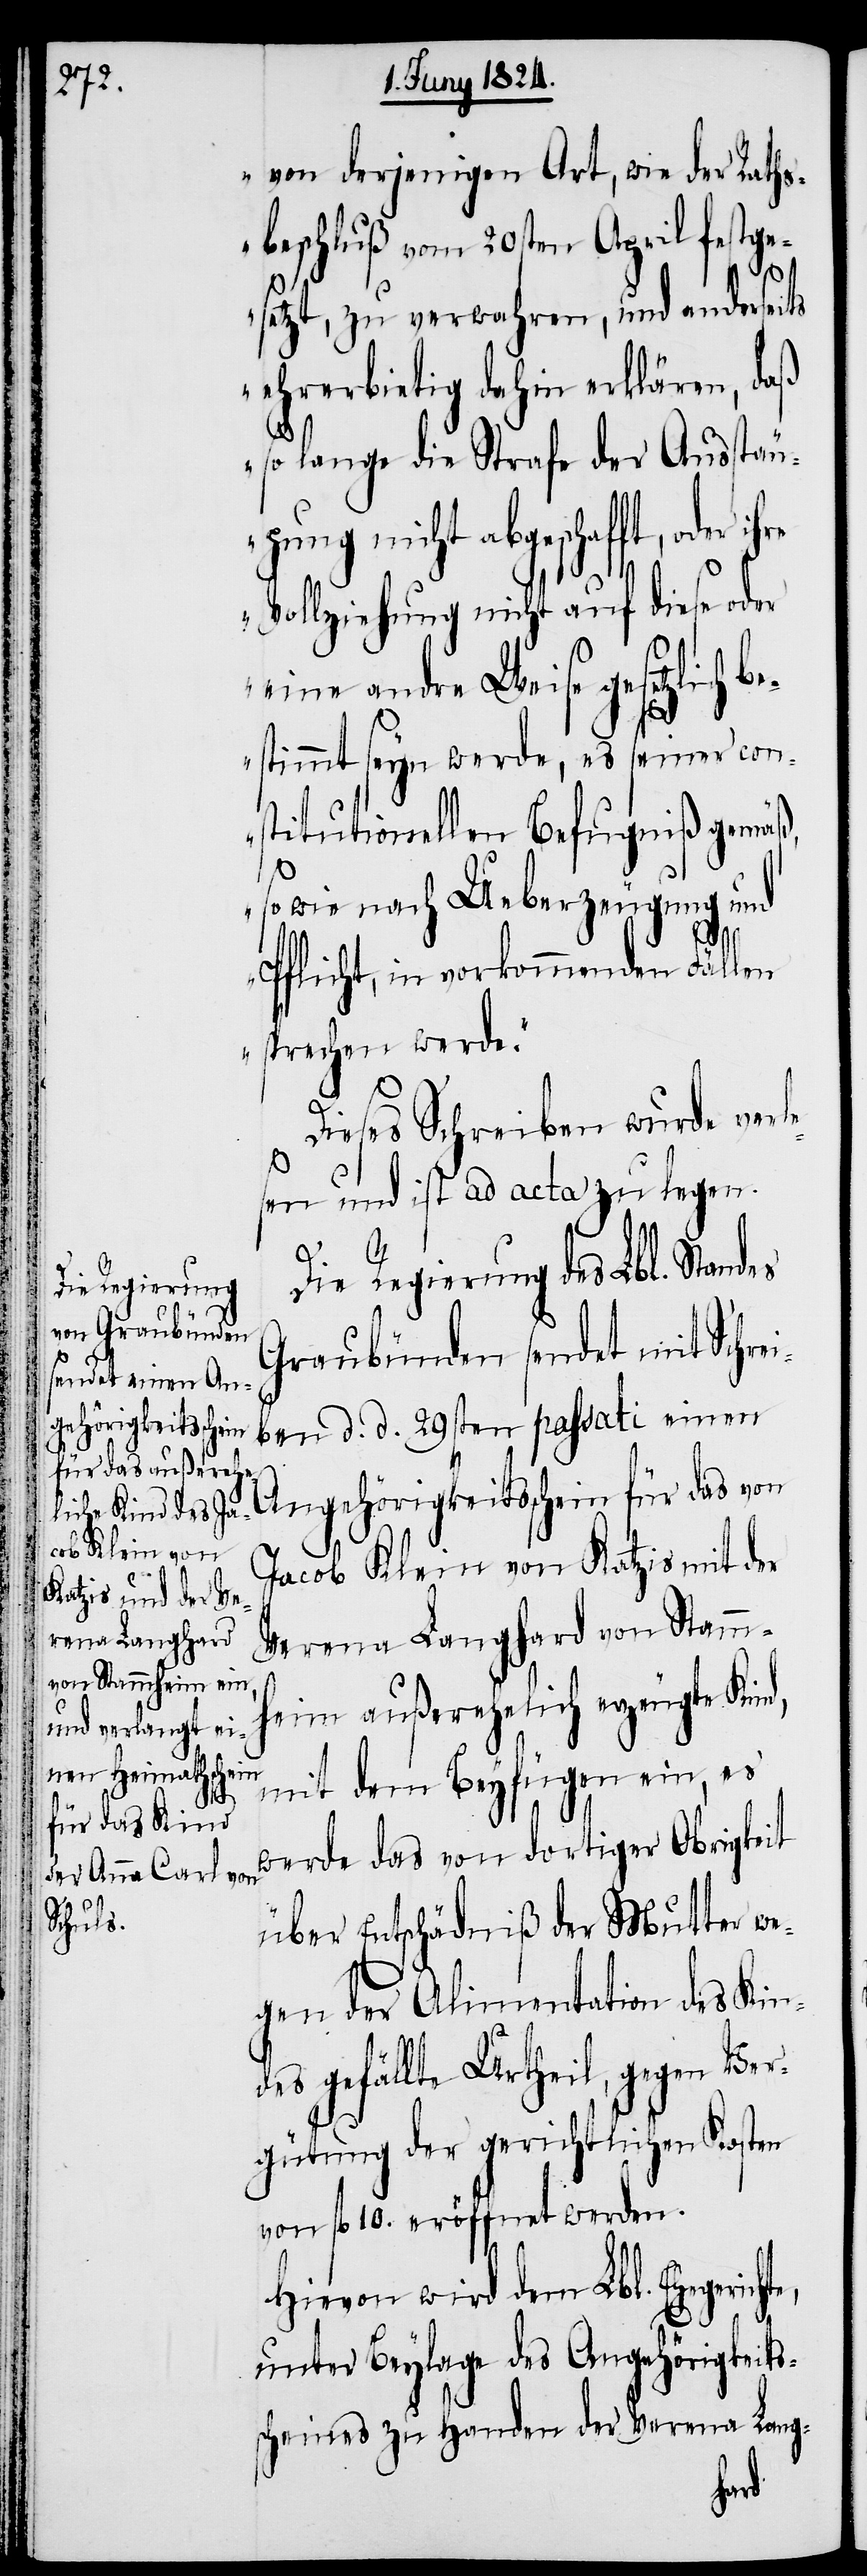
te,

von derjenigen Art, wie der Rath¬
sbeschluß vom 20sten April festge¬
setzt, zu verwahren, und anderseits
ehrerbietig dahin erklären, daß
so lange die Strafe der Ausstäu¬
pung nicht abgeschafft, oder
Vollziehung nicht auf diese o¬
eine andre Weise gesetzlich
stimmt seyn werde, es seiner con¬
stitutionellen Befugniß gemäß,
sowie nach Ueberzeugung und
Pflicht, in vorkommenden Fällen
sprechen werde.“
Dieses Schreiben wurde verl¬
sen und ist ad acta zu legen.
Die Regierung des Lbl. Standes
Graubünden sendet mit Schre¬
ben d. d. 29sten passati einen
Angehörigkeitsschein für das von
Jacob Klein von Katzis mit der
Verena Langhard von Stamm¬
heim außerehelich erzeugte Kind,
mit dem Beyfügen ein, es
werde das von dortiger Obrigkeit
über Entschädniß der Mutter we¬
gen der Alimentation des Kind¬
es gefällte Urtheil, gegen Ver¬
gütung der gerichtlichen Kosten
von fl. 10. eröffnet werden.
Hievon wird dem Lbl. Ehegerich¬
unter Beylage des Angehörigkeits¬
scheines zu Handen der Verena Lang-
i¬